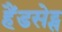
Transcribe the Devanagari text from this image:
हैंडसेट्स